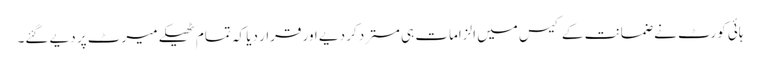
ہائی کورٹ نے ضمانت کے کیس میں الزامات ہی مسترد کر دیے اور قرار دیا کہ تمام ٹھیکے میرٹ پر دیے گئے۔